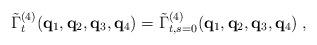
LaTeX: \begin{align*}\tilde{\Gamma}^{(4)}_{t} ( {\bf{q}}_1 , {\bf{q}}_2 , {\bf{q}}_3 , {\bf{q}}_4) = \tilde{\Gamma}^{(4)}_{t, s = 0} ( {\bf{q}}_1 , {\bf{q}}_2 , {\bf{q}}_3 , {\bf{q}}_4) \; , \end{align*}